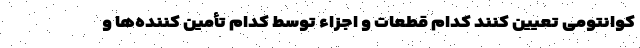
کوانتومی تعیین کنند کدام قطعات و اجزاء توسط کدام تأمین کننده‌ها و